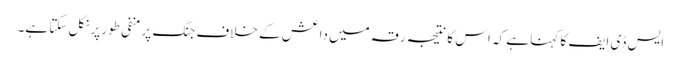
ایس ڈی ایف کا کہنا ہے کہ اس کا نتیجہ رقہ میں داعش کے خلاف جنگ پر منفی طور پر نکل سکتا ہے۔